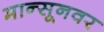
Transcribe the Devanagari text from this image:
मान्सूनवर